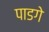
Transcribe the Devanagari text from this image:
पाडगे